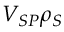
V _ { S P } \rho _ { S }